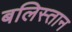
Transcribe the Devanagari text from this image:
बलिस्तान